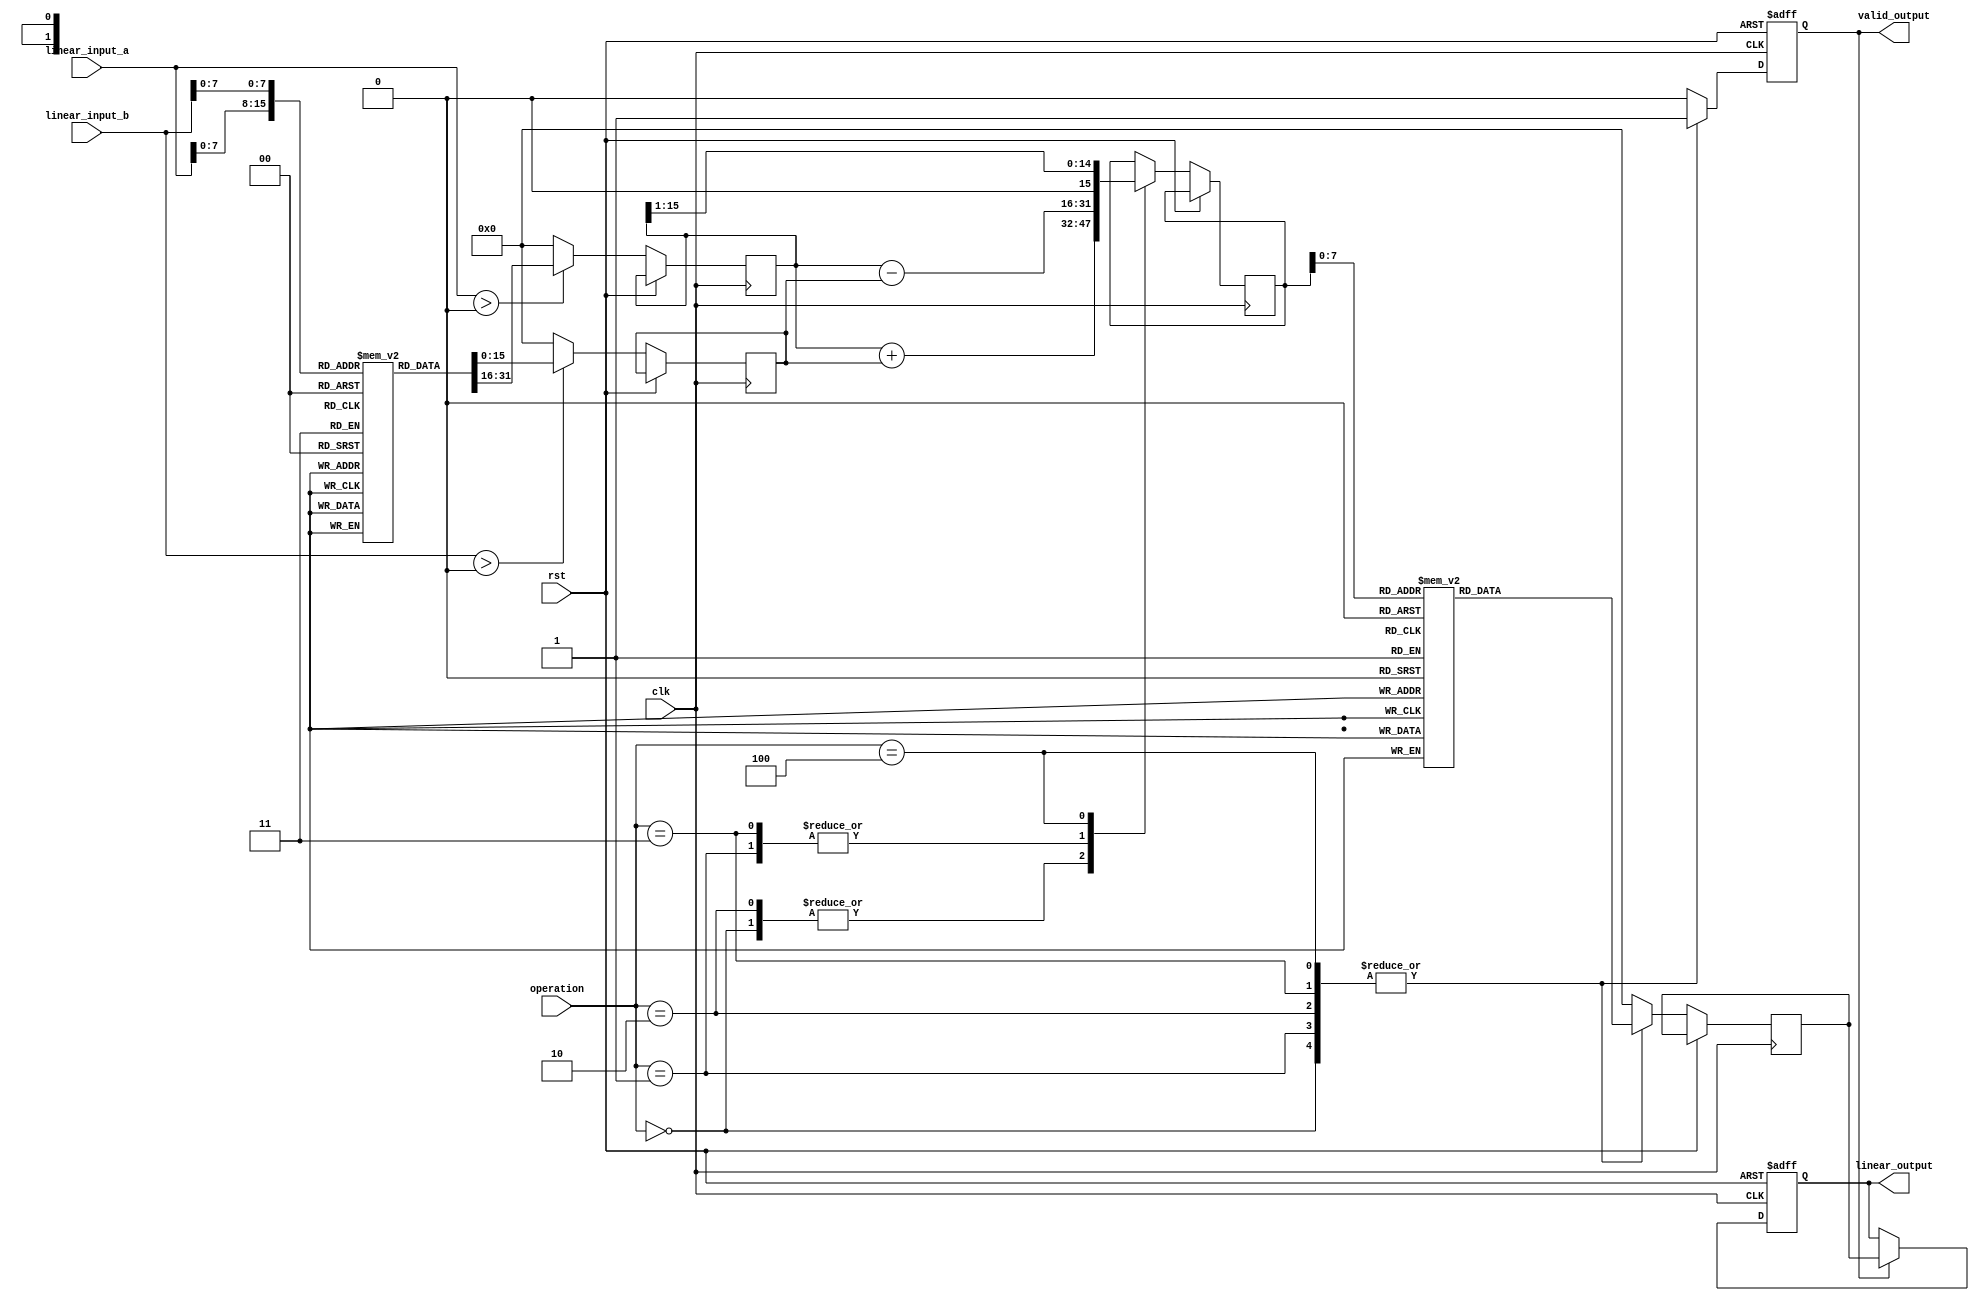
module DSPU (
    input wire clk,
    input wire rst,
    input wire [15:0] linear_input_a,
    input wire [15:0] linear_input_b,
    input wire [2:0] operation, // 0: Add, 1: Subtract, 2: Multiply, 3: Divide, 4: Sqrt
    output reg [15:0] linear_output,
    output reg valid_output
);

// Parameters
parameter LOG_TABLE_SIZE = 256; // Size of the logarithm lookup table
parameter LOG_TABLE_WIDTH = 16; // Width of the logarithm values

// Logarithm and Inverse Logarithm LUTs
reg [LOG_TABLE_WIDTH-1:0] log_lut [0:LOG_TABLE_SIZE-1];
reg [LOG_TABLE_WIDTH-1:0] inv_log_lut [0:LOG_TABLE_SIZE-1];

// Internal signals
reg [LOG_TABLE_WIDTH-1:0] log_a, log_b, log_result;
reg [15:0] linear_result;
reg valid;

// Logarithmic Converter
function [LOG_TABLE_WIDTH-1:0] log_convert(input [15:0] x);
    begin
        // Simple lookup for positive values
        if (x > 0)
            log_convert = log_lut[x[7:0]]; // Assuming x is in the range of the LUT
        else
            log_convert = 0; // Handle zero or negative input appropriately
    end
endfunction

// Inverse Logarithmic Converter
function [15:0] inv_log_convert(input [LOG_TABLE_WIDTH-1:0] log_x);
    begin
        // Simple lookup for logarithmic values
        inv_log_convert = inv_log_lut[log_x[7:0]];
    end
endfunction

// Arithmetic Operations
always @(posedge clk or posedge rst) begin
    if (rst) begin
        linear_output <= 0;
        valid_output <= 0;
    end else begin
        valid_output <= 0; // Default to invalid output
        log_a <= log_convert(linear_input_a);
        log_b <= log_convert(linear_input_b);
        
        case (operation)
            3'b000: begin // Addition
                log_result <= log_a + log_b; // Add logarithmic values
                linear_result <= inv_log_convert(log_result);
                valid_output <= 1;
            end
            3'b001: begin // Subtraction
                log_result <= log_a - log_b; // Subtract logarithmic values
                linear_result <= inv_log_convert(log_result);
                valid_output <= 1;
            end
            3'b010: begin // Multiplication
                log_result <= log_a + log_b; // Multiply in log domain
                linear_result <= inv_log_convert(log_result);
                valid_output <= 1;
            end
            3'b011: begin // Division
                log_result <= log_a - log_b; // Divide in log domain
                linear_result <= inv_log_convert(log_result);
                valid_output <= 1;
            end
            3'b100: begin // Square Root
                log_result <= log_a >> 1; // Halve the logarithmic value
                linear_result <= inv_log_convert(log_result);
                valid_output <= 1;
            end
            default: begin
                linear_result <= 0; // Invalid operation
            end
        endcase
        
        if (valid_output) begin
            linear_output <= linear_result; // Update output if valid
        end
    end
end

// Initialization of LUTs (for demonstration purposes)
initial begin
    // Populate log_lut and inv_log_lut with appropriate values
    // Example: log_lut[0] = 0, log_lut[1] = 0, log_lut[2] = 1, ...
    // Fill in your logarithmic values here
end

endmodule